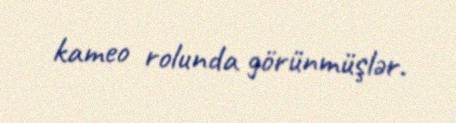
kameo rolunda görünmüşlər.